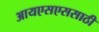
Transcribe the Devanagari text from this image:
आयएसएससाठी